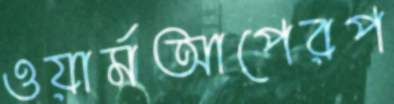
ওয়ার্মআপেরপ